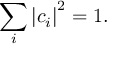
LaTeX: \sum _ { i } \left| c _ { i } \right| ^ { 2 } = 1 .